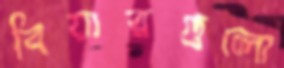
বিয়ারগুলো